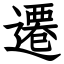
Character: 遷